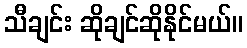
သီချင်း ဆိုချင်ဆိုနိုင်မယ်။